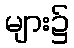
များ၌